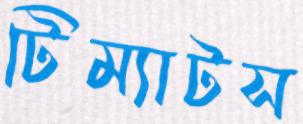
টিম্যাটস